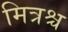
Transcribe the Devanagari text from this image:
मित्रश्च